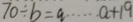
7 0 \div b = a \cdots a + 1 9